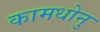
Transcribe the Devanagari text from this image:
कामधोनु